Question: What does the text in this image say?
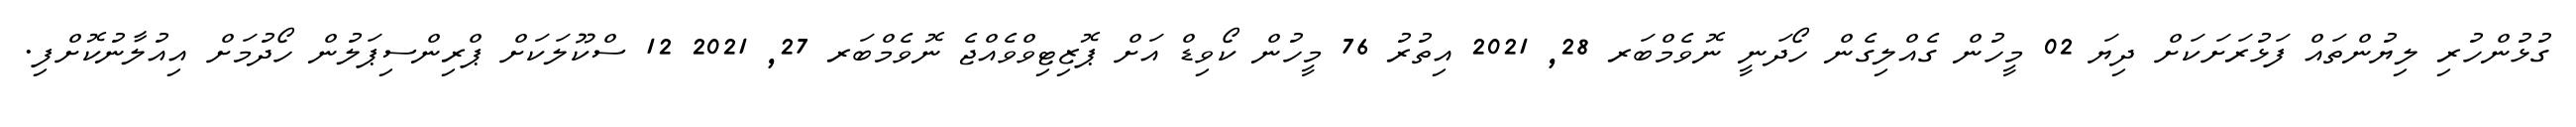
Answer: ގުޅުންހުރި ލިޔުންތައް ފަޅުރަށަކަށް ދިޔަ 02 މީހުން ގެއްލިގެން ހޯދަނީ ނޮވެމްބަރ 28, 2021 އިތުރު 76 މީހުން ކޯވިޑް އަށް ޕޮޒިޓިވްވެއްޖެ ނޮވެމްބަރ 27, 2021 12 ސްކޫލަކަށް ޕްރިންސިޕަލުން ހޯދުމަށް އިއުލާނުކޮށްފި.